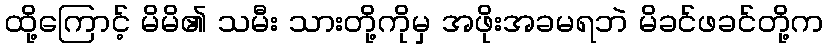
ထို့ကြောင့် မိမိ၏ သမီး သားတို့ကိုမှ အဖိုးအခမရဘဲ မိခင်ဖခင်တို့က